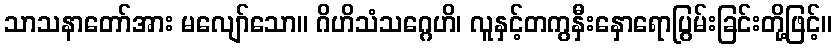
သာသနာတော်အား မလျော်သော။ ဂိဟိသံသဂ္ဂေဟိ၊ လူနှင့်တကွနှီးနှောရောပြွမ်းခြင်းတို့ဖြင့်။